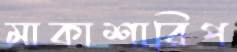
মাকাশারিপ